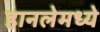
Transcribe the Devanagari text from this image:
हानलेमध्ये